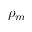
\rho _ { m }